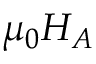
\mu _ { 0 } H _ { A }